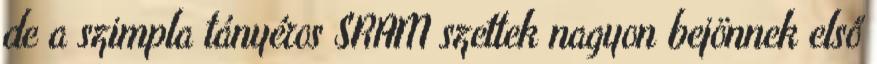
de a szimpla tányéros SRAM szettek nagyon bejönnek első